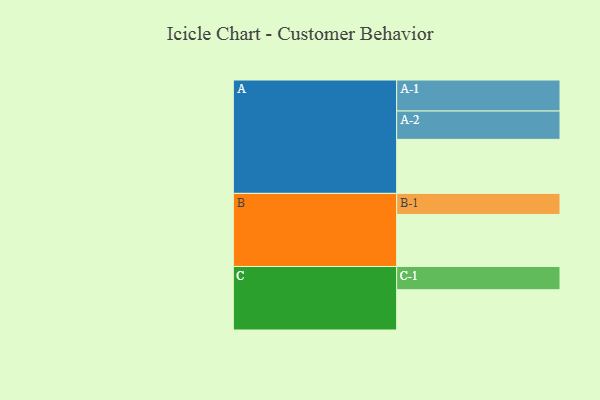
{"axis": {"x": "Segment", "y": "Value"}, "legend": ["", "A", "B", "C"], "data": [{"x": "A", "y": 444, "type": ""}, {"x": "B", "y": 428, "type": ""}, {"x": "C", "y": 331, "type": ""}, {"x": "A-1", "y": 255, "type": "A"}, {"x": "A-2", "y": 233, "type": "A"}, {"x": "B-1", "y": 173, "type": "B"}, {"x": "C-1", "y": 191, "type": "C"}]}